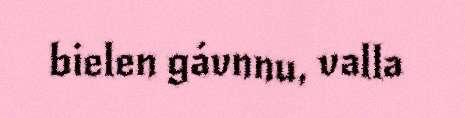
bielen gávnnu, valla